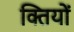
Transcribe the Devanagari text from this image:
क्तियों